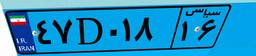
۰۳D۷۲۲۹۴